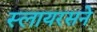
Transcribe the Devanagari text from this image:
स्लायरसने